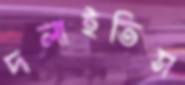
দলাইতিস